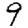
Digit: 9